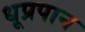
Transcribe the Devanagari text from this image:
धूप्रपान